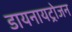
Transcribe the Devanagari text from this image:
डायनायट्रोजन